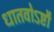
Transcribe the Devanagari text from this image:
धातवोऽष्टौ